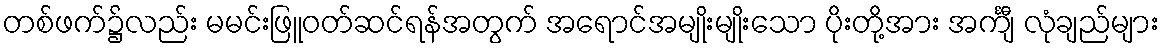
တစ်ဖက်၌လည်း မမင်းဖြူဝတ်ဆင်ရန်အတွက် အရောင်အမျိုးမျိုးသော ပိုးတို့အား အင်္ကျီ လုံချည်များ